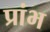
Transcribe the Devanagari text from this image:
प्रांभ